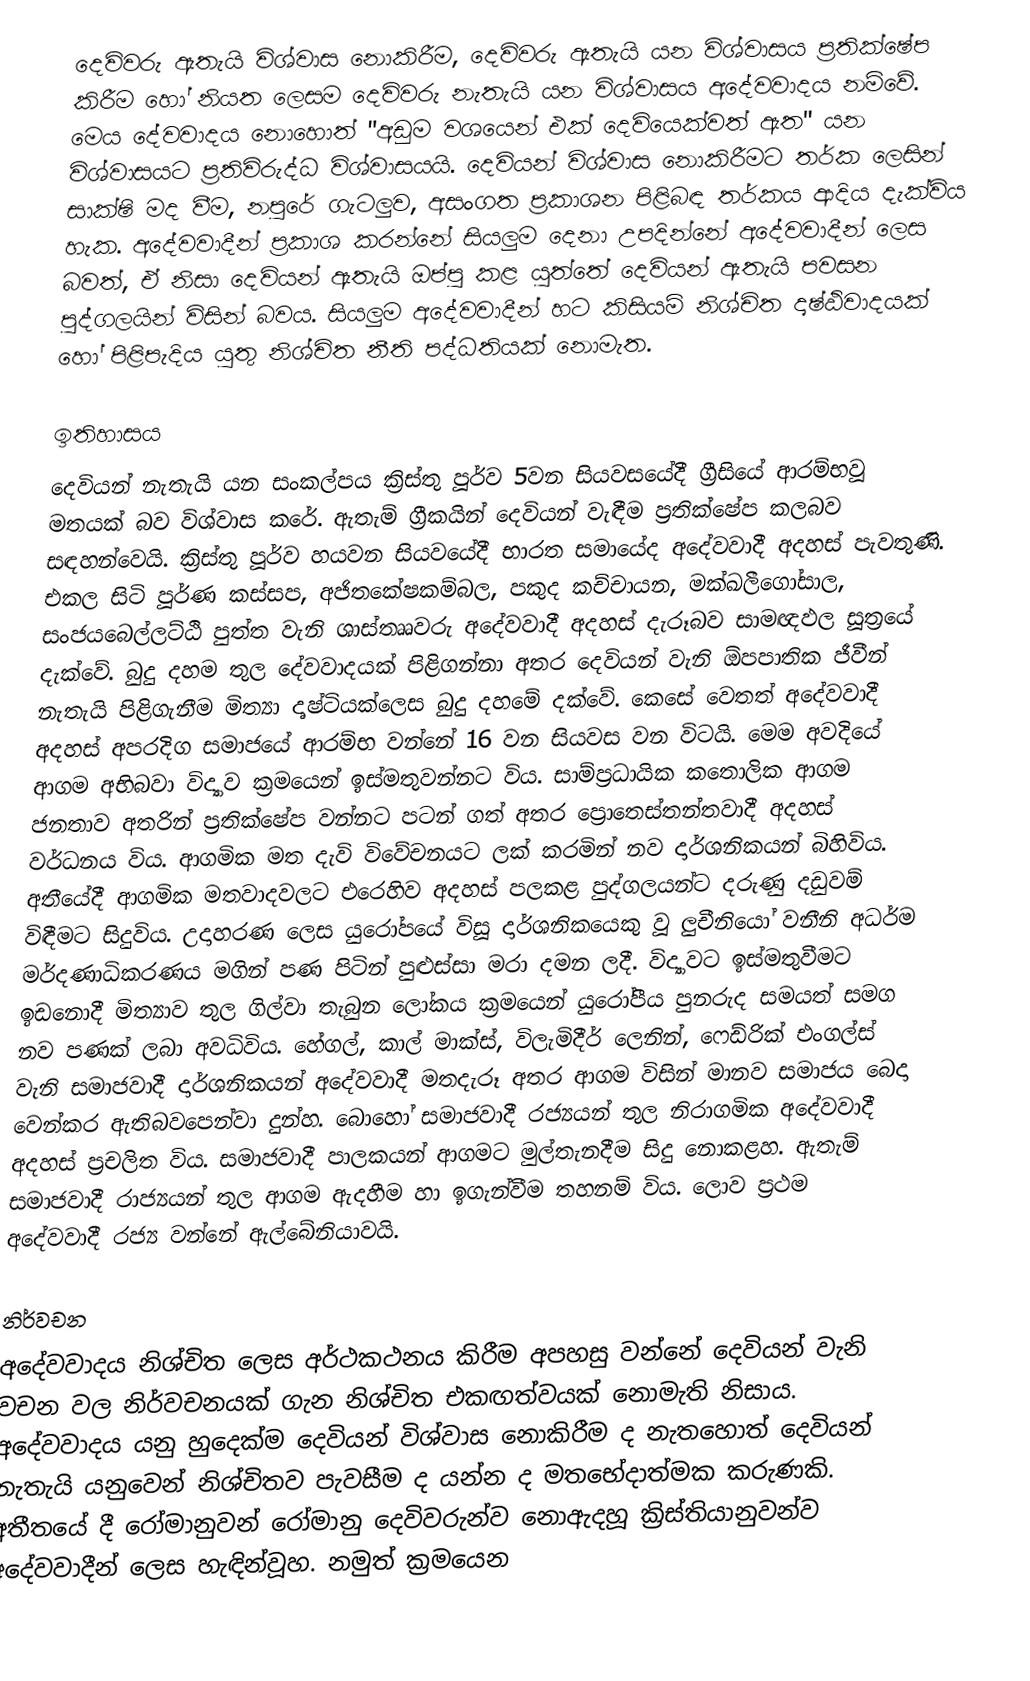
දෙවිවරු ඇතැයි විශ්වාස නොකිරීම, දෙවිවරු ඇතැයි යන විශ්වාසය ප්‍රතික්ෂේප කිරීම හෝ නියත ලෙසම දෙවිවරු නැතැයි යන විශ්වාසය අදේවවාදය නම්වේ. මෙය දේවවාදය නොහොත් "අඩුම වශයෙන් එක් දෙවියෙක්වත් ඇත" යන විශ්වාසයට ප්‍රතිවිරුද්ධ විශ්වාසයයි. දෙවියන් විශ්වාස නොකිරීමට තර්ක ලෙසින් සාක්ෂි මද වීම, නපුරේ ගැටලුව, අසංගත ප්‍රකාශන පිළිබඳ තර්කය ආදිය දැක්විය හැක. අදේවවාදීන් ප්‍රකාශ කරන්නේ සියලුම දෙනා උපදින්නේ අදේවවාදීන් ලෙස බවත්, ඒ නිසා දෙවියන් ඇතැයි ඔප්පු කළ යුත්තේ දෙවියන් ඇතැයි පවසන පුද්ගලයින් විසින් බවය. සියලුම අදේවවාදීන් හට කිසියම් නිශ්චිත දෘෂ්ඨිවාදයක් හෝ පිළිපැදිය යුතු නිශ්චිත නීති පද්ධතියක් නොමැත.

ඉතිහාසය
දෙවියන් නැතැයි යන සංකල්පය ක්‍රිස්තු පූර්ව 5වන සියවසයේදී ග්‍රීසියේ ආරම්භවූ මතයක් බව විශ්වාස කරේ. ඇතැම් ග්‍රීකයින් දෙවියන් වැඳීම ප්‍රතික්ෂේප කලබව සඳහන්වෙයි. ක්‍රිස්තු පූර්ව හයවන සියවයේදී භාරත සමායේද අදේවවාදී අදහස් පැවතුණි. එකල සිටි පූර්ණ කස්සප, අජිතකේෂකම්බල, පකුද කච්චායන, මක්ඛලීගෝසාල, සංජයබෙල්ලට්ඨි පුත්ත වැනි ශාස්තෲවරු අදේවවාදී අදහස් දැරූබව සාමඥඵල සූත්‍රයේ දැක්වේ. බුදු දහම තුල දේවවාදයක් පිළිගන්නා අතර දෙවියන් වැනි ඕපපාතික ජීවීන් නැතැයි පිළිගැනීම මිත්‍යා දෘෂ්ටියක්ලෙස බුදු දහමේ දක්වේ. කෙසේ වෙතත් අදේවවාදී අදහස් අපරදිග සමාජයේ ආරම්භ වන්නේ 16 වන සියවස වන විටයි. මෙම අවදියේ ආගම අභිබවා විද්‍යාව ක්‍රමයෙන් ඉස්මතුවන්නට විය. සාම්ප්‍රධායික කතොලික ආගම ජනතාව අතරින් ප්‍රතික්ෂේප වන්නට පටන් ගත් අතර ප්‍රොතෙස්තන්තවාදී අදහස් වර්ධනය විය. ආගමික මත දැවි විවේචනයට ලක් කරමින් නව දාර්ශනිකයන් බිහිවිය. අතීයේදී ආගමික මතවාදවලට එරෙහිව අදහස් පලකළ පුද්ගලයන්ට දරුණු දඩුවම් විඳීමට සිදුවිය. උදාහරණ ලෙස යුරෝපයේ විසූ දාර්ශනිකයෙකු වූ ලුචීනියෝ වනීනි අධර්ම මර්දණාධිකරණය මගින් පණ පිටින් පුළුස්සා මරා දමන ලදී. විද්‍යාවට ඉස්මතුවීමට ඉඩනොදී මිත්‍යාව තුල ගිල්වා තැබුන ලෝකය ක්‍රමයෙන් යුරෝපීය පුනරුද සමයත් සමග නව පණක් ලබා අවධිවිය. හේගල්, කාල් මාක්ස්, විලැමිදීර් ලෙනින්, ෆෙඩ්රික් එංගල්ස් වැනි සමාජවාදී දාර්ශනිකයන් අදේවවාදී මතදැරූ අතර ආගම විසින් මානව සමාජය බෙදා වෙන්කර ඇතිබවපෙන්වා දුන්හ. බොහෝ සමාජවාදී රජ්‍යයන් තුල නිරාගමික අදේවවාදී අදහස් ප්‍රචලිත විය. සමාජවාදී පාලකයන් ආගමට මුල්තැනදීම සිදු නොකළහ. ඇතැම් සමාජවාදී රාජ්‍යයන් තුල ආගම ඇදහීම හා ඉගැන්වීම තහනම් විය. ලොව ප්‍රථම අදේවවාදී රජ්‍ය වන්නේ ඇල්බේනියාවයි.

නිර්වචන
අදේවවාදය නිශ්චිත ලෙස අර්ථකථනය කිරීම අපහසු වන්නේ දෙවියන් වැනි වචන වල නිර්වචනයක් ගැන නිශ්චිත එකඟත්වයක් නොමැති නිසාය. අදේවවාදය යනු හුදෙක්ම දෙවියන් විශ්වාස නොකිරීම ද නැතහොත් දෙවියන් නැතැයි යනුවෙන් නිශ්චිතව පැවසීම ද යන්න ද මතභේදාත්මක කරුණකි. අතීතයේ දී රෝමානුවන් රෝමානු දෙවිවරුන්ව නොඇදහූ ක්‍රිස්තියානුවන්ව අදේවවාදීන් ලෙස හැඳින්වූහ. නමුත් ක්‍රමයෙන